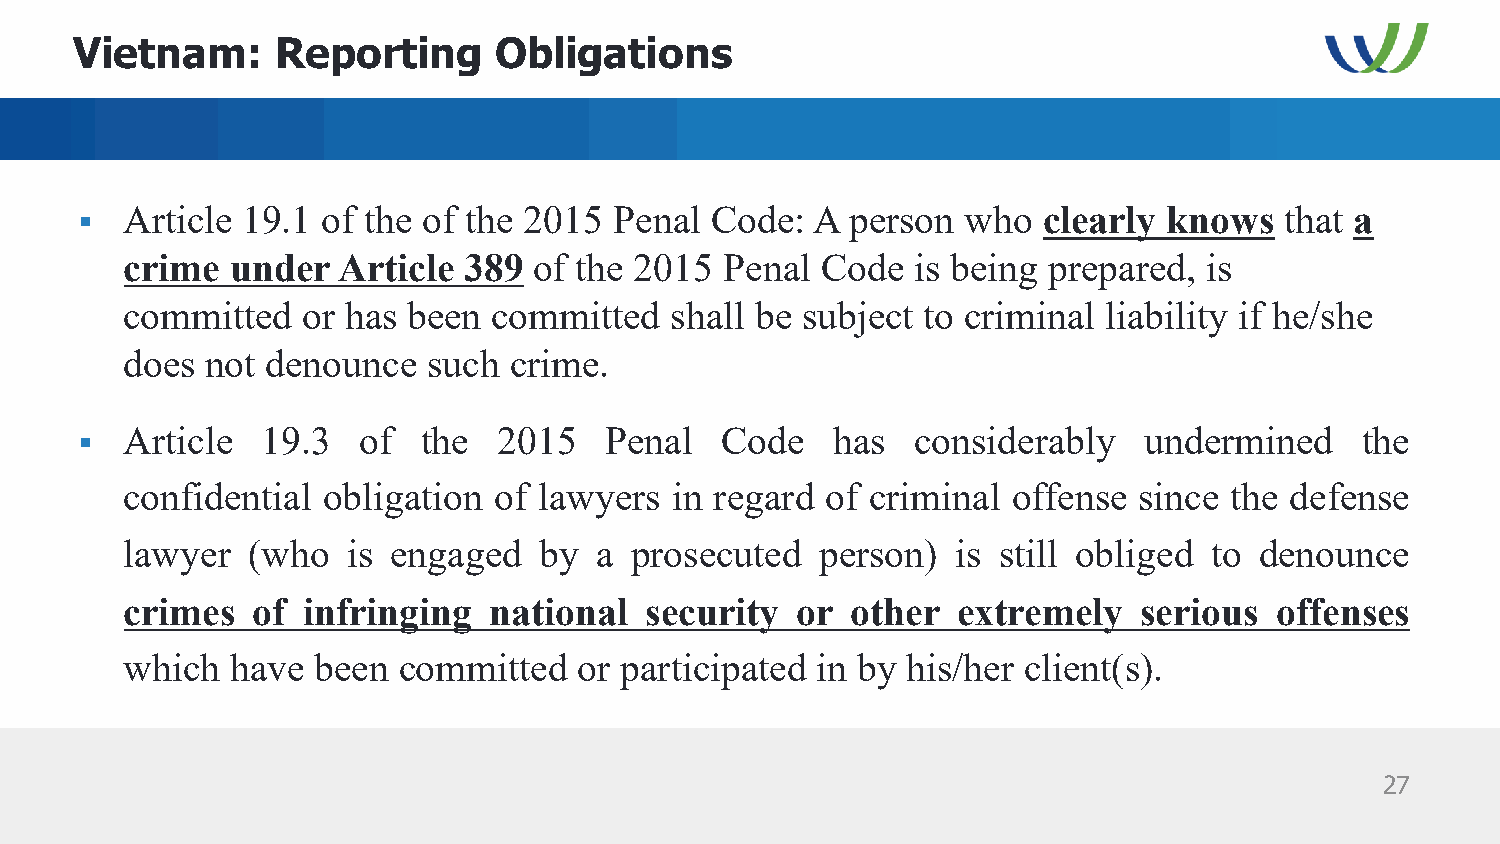
Vietnam:     Reporting      Obligations
 Article 19.1 of the of the 2015  Penal Code:  A person  who  clearly knows   that a
 §
 crime  under  Article  389 of the 2015  Penal Code   is being prepared, is
 committed   or has been  committed  shall be subject to criminal liability if he/she
 does  not denounce  such  crime.
 Article  19.3   of  the  2015   Penal   Code   has   considerably   undermined    the
 §
 confidential obligation  of lawyers in regard  of criminal offense since the defense
 lawyer  (who   is engaged   by a  prosecuted  person)  is still obliged to denounce
 crimes   of infringing  national   security  or other  extremely   serious  offenses
 which  have  been committed   or participated in by his/her client(s).
 27